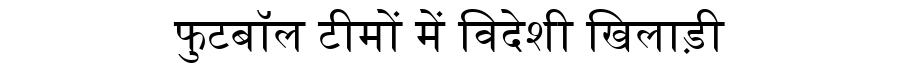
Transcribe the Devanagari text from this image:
फुटबॉल टीमों में विदेशी खिलाड़ी